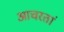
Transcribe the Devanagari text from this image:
आचरतां